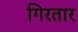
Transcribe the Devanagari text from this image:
गिरतार